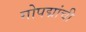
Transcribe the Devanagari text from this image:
गोपद्मांची